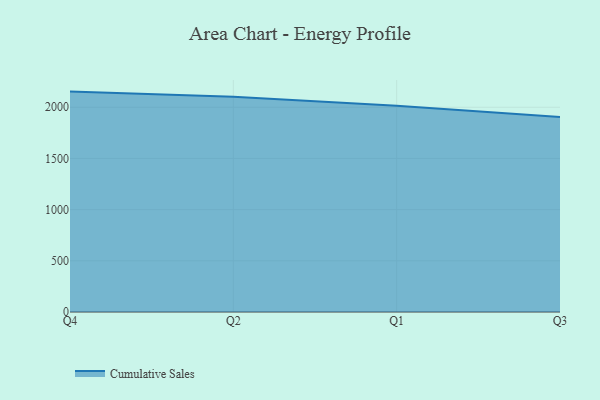
{"axis": {"x": "Quarter", "y": "Population (Million)"}, "legend": ["Cumulative Sales"], "data": [{"x": "Q4", "y": 2152.9, "type": "Cumulative Sales"}, {"x": "Q2", "y": 2103.2, "type": "Cumulative Sales"}, {"x": "Q1", "y": 2014.6, "type": "Cumulative Sales"}, {"x": "Q3", "y": 1904.6, "type": "Cumulative Sales"}]}